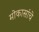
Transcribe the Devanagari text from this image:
मोकासांचे